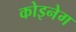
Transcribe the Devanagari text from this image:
कोइनेग